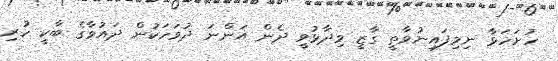
ހުށަހަޅާ ނިމިފައިނުވާތީ ގާޒީ ވިދާޅުވީ ދެން އަންނަ ދުވަހަކުން ދައުވާގެ ބާކީ ހުރި